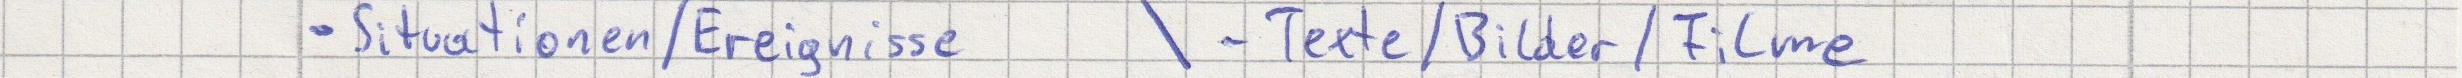
- Situationen / Ereignisse   \ - Texte/Bilder/Filme